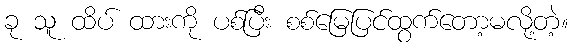
ခု သူ ထိပ် ထားကို ပစ်ပြီး စစ်မြေပြင်ထွက်တော့မလို့တဲ့။